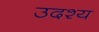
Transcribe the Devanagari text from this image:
उदश्य